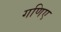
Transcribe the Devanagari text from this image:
गणिए